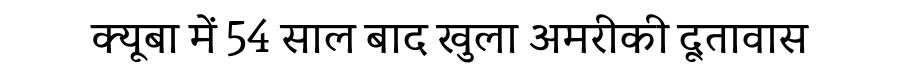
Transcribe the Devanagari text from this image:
क्यूबा में 54 साल बाद खुला अमरीकी दूतावास